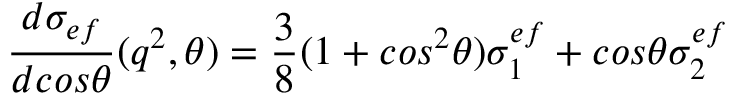
{ \frac { d \sigma _ { e f } } { d c o s \theta } } ( q ^ { 2 } , \theta ) = { \frac { 3 } { 8 } } ( 1 + c o s ^ { 2 } \theta ) \sigma _ { 1 } ^ { e f } + c o s \theta \sigma _ { 2 } ^ { e f }